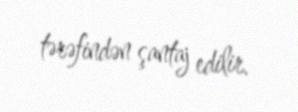
tərəfindən şantaj edilir.